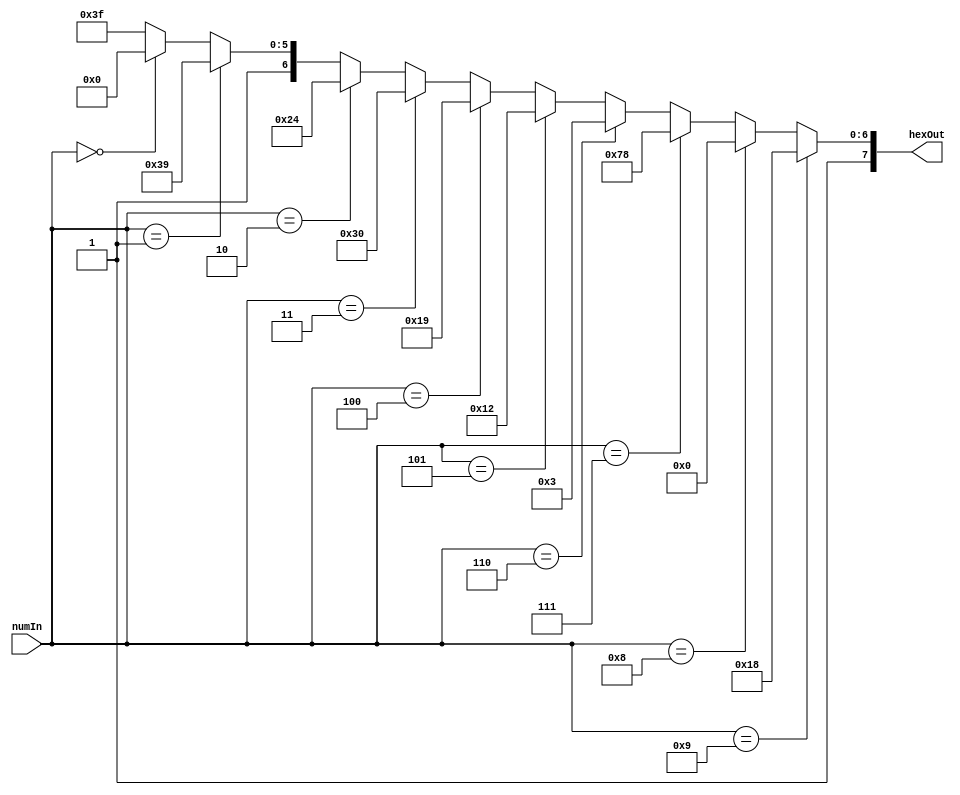
module segmentdriver(numIn, hexOut);

    input [3:0] numIn;
    output reg [7:0] hexOut; 

    always @ (numIn) begin
        // Controls hexOut
        if(numIn[3:0] == 4'b1001) // input 9
            hexOut <= 8'b10011000; // 9
        else if(numIn[3:0] == 4'b1000) // input 8
            hexOut <= 8'b10000000; // 8
        else if(numIn[3:0] == 4'b0111) // input 7
            hexOut <= 8'b11111000; // 7
        else if(numIn[3:0] == 4'b0110) // input 6
            hexOut <= 8'b10000011; // 6
        else if(numIn[3:0] == 4'b0101) // input 5
            hexOut <= 8'b10010010; // 5
        else if(numIn[3:0] == 4'b0100) // input 4
            hexOut <= 8'b10011001; // 4
        else if(numIn[3:0] == 4'b0011) // input 3
            hexOut <= 8'b10110000; // 3
        else if(numIn[3:0] == 4'b0010) // input 2
            hexOut <= 8'b10100100; // 2
        else if(numIn[3:0] == 4'b0001) // input 1
            hexOut <= 8'b11111001; // 1
        else if(numIn[3:0] == 4'b0000) // input 0
            hexOut <= 8'b11000000; // 0
        else
            hexOut <= 8'b11111111; // OFF
    end

endmodule